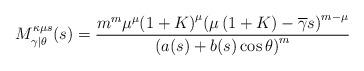
LaTeX: \begin{align*} {{M}^{\kappa \mu s}_{\gamma \left| \theta \right.}}(s)=\frac{{{m}^{m}}{{\mu }^{\mu }}{{\left( 1+K \right)}^{\mu }}{{\left( \mu \left( 1+K \right)-\overline{\gamma }s \right)}^{m-\mu }}}{\left ( a(s)+b(s) \cos{\theta} \right )^{m}}\end{align*}